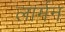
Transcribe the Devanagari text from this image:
लार्मन